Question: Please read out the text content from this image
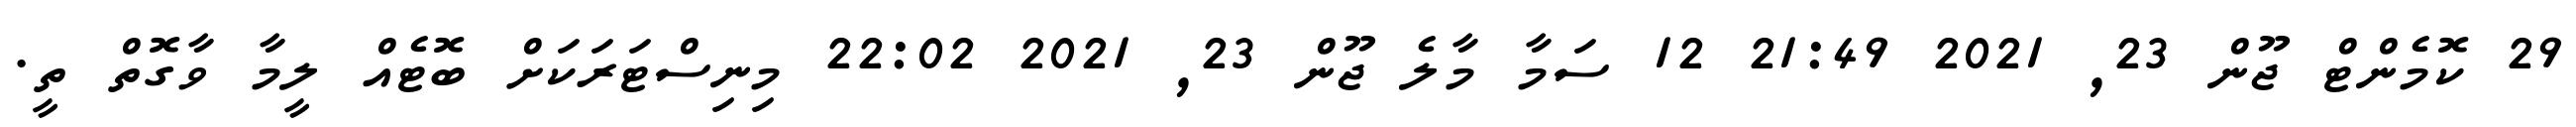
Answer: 29 ކޮމެންޓް ޖޫން 23, 2021 21:49 12 ސަމާ މާލެ ޖޫން 23, 2021 22:02 މިނިސްޓަރަކަށް ބޮޓެއް ލީމާ ވާގޮތް ތީ.